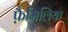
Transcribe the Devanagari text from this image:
फ़ैमिलिया